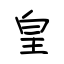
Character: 皇